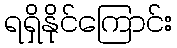
ရရှိနိုင်ကြောင်း